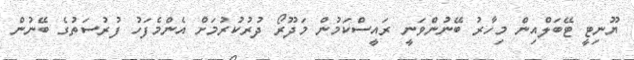
ޔޫނިޓީ ޓޭބަލްއިން މިހާރު ބޭނުންވަނީ ރައީސްކަމުން މަދޫރޯ ދުރުކުރުމަށް އެންމެފަހު ފުރުސަތުގެ ބޭނުން